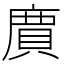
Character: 𮚊